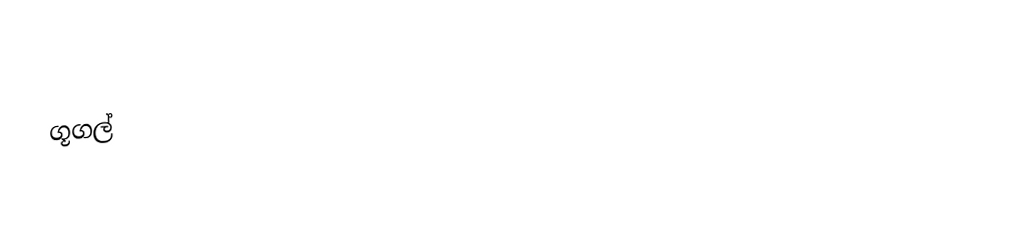
ගූගල්